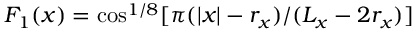
F _ { 1 } ( x ) = \cos ^ { 1 / 8 } [ \pi ( | { x } | - r _ { x } ) / ( L _ { x } - 2 r _ { x } ) ]